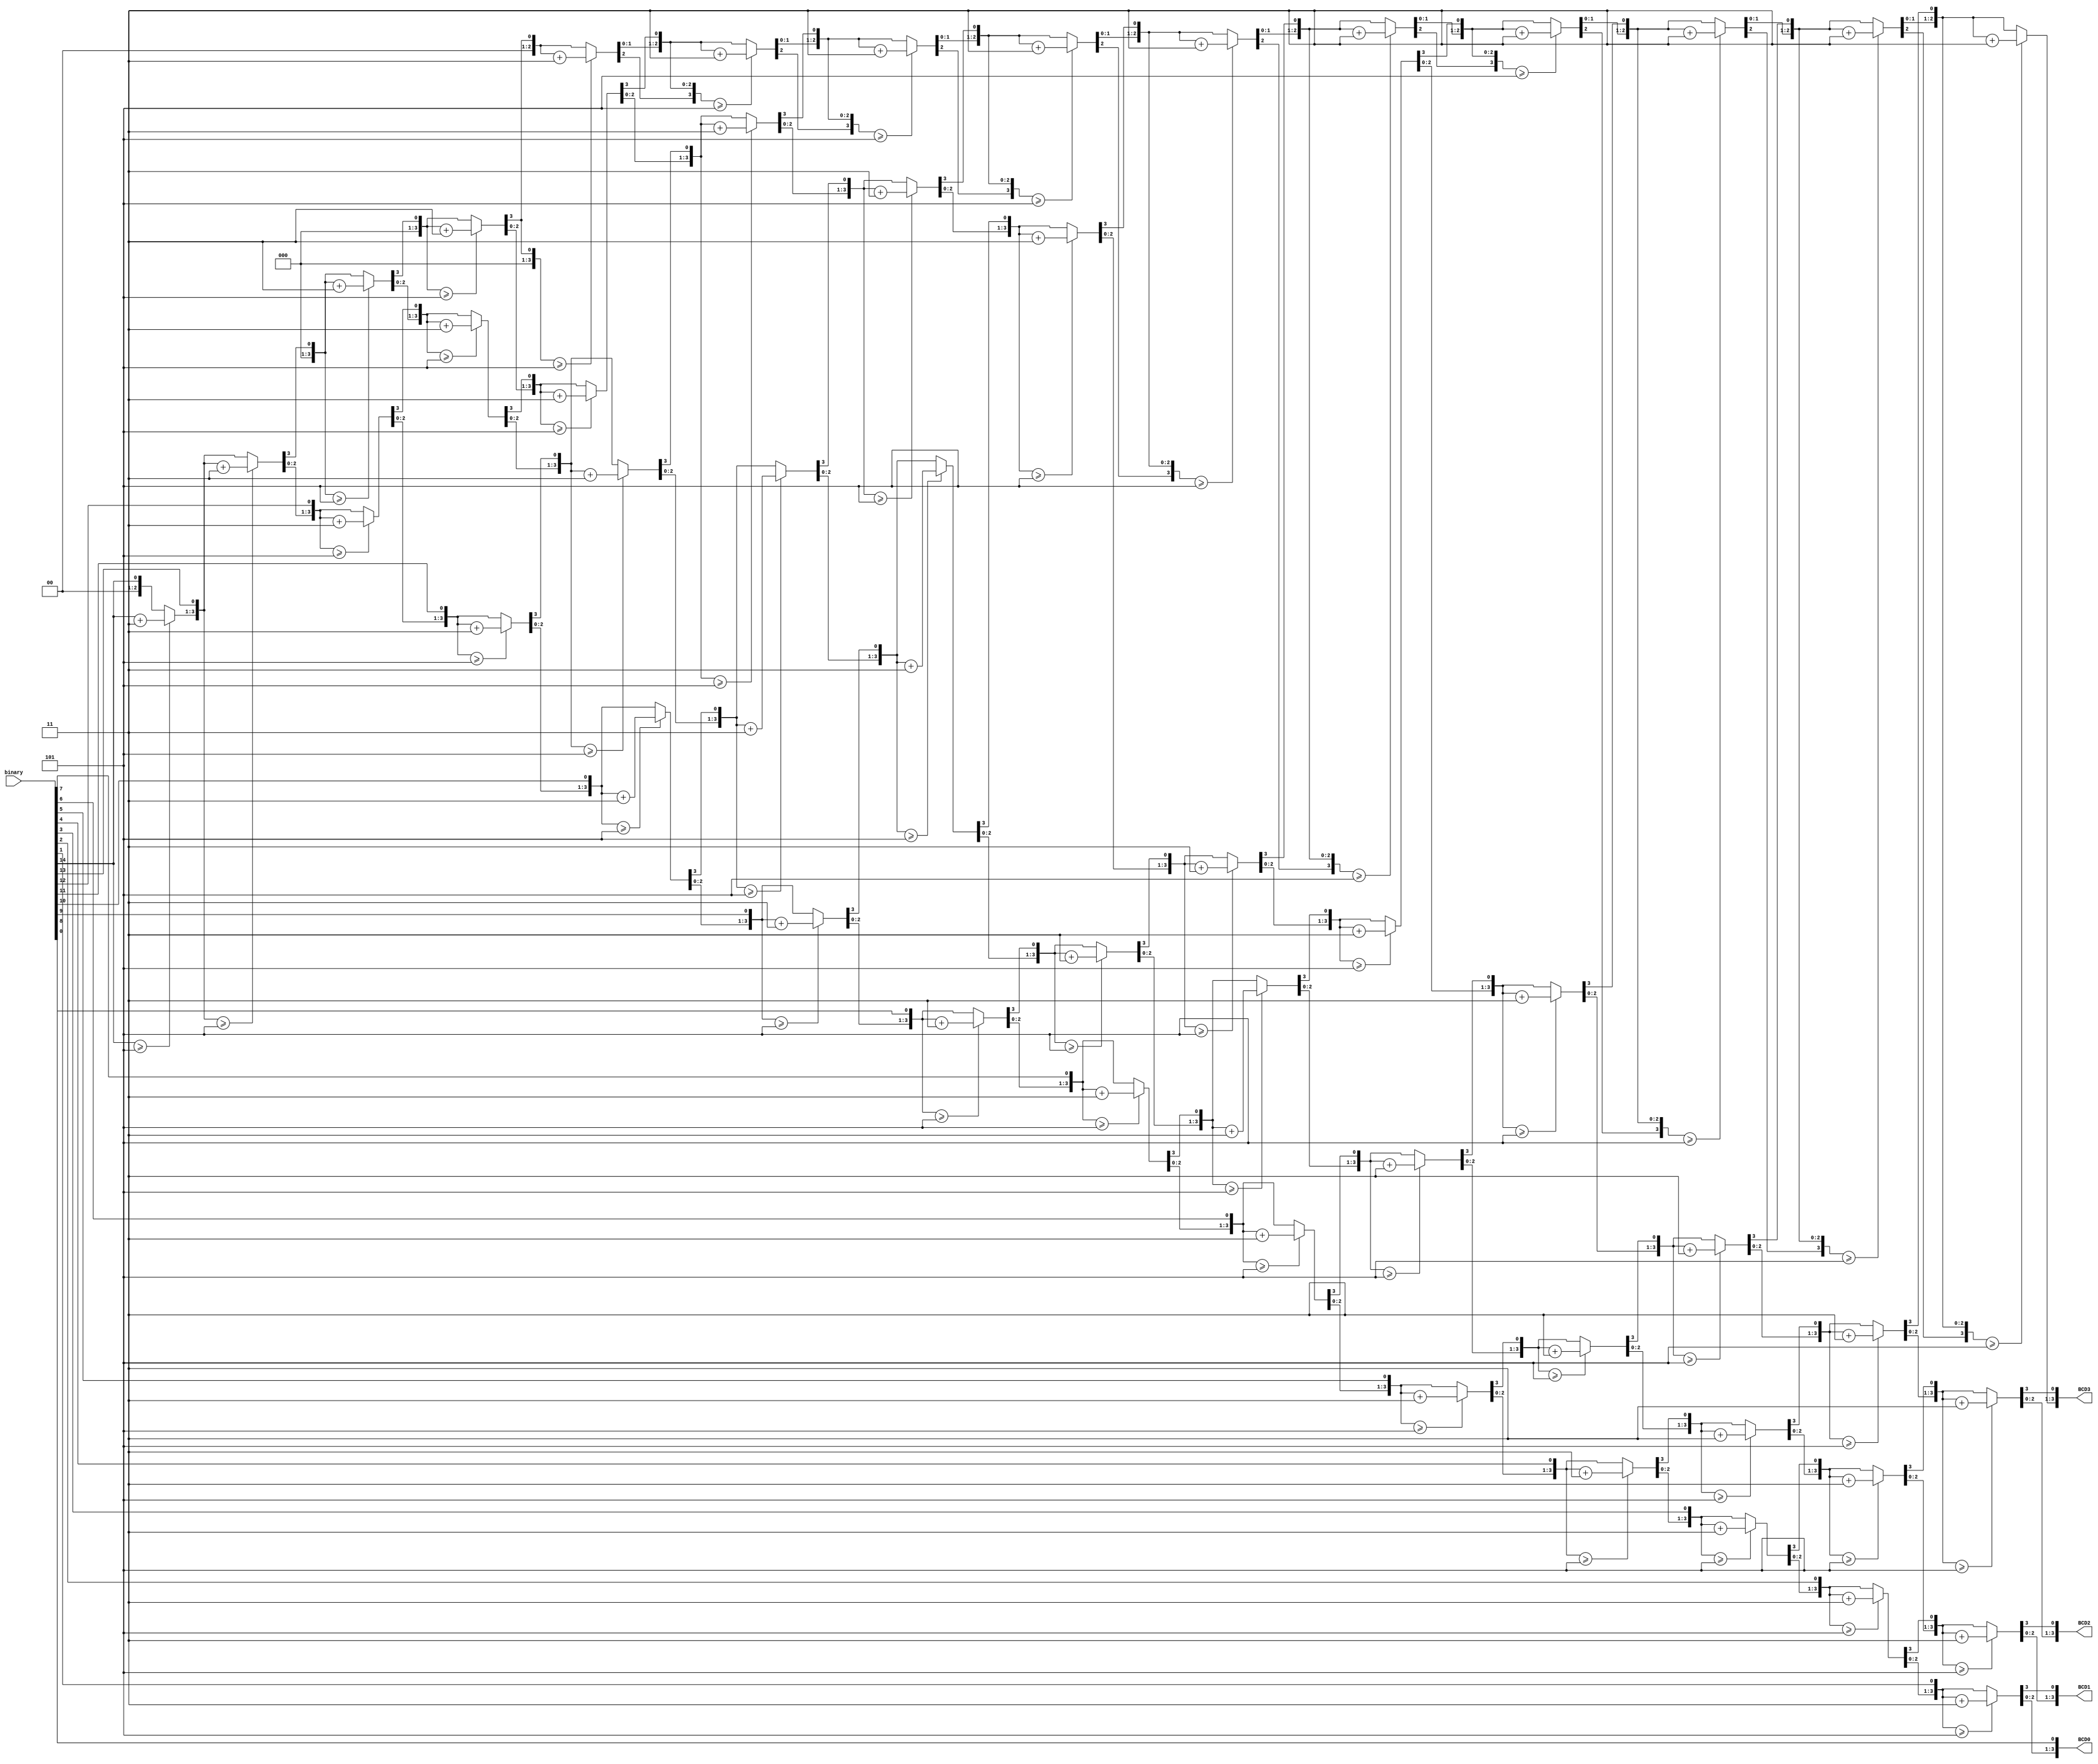
/*

	Bin2BCD.v: Convert binary to 4 BCDs
	
	ref: http://alex9ufoexploer.blogspot.com/2013/12/binary-to-bcd-conversion-algorithm.html
*/

module BIN2BCD(
	input [15:0] binary,
	output reg [3:0] BCD3,
	output reg [3:0] BCD2,
	output reg [3:0] BCD1,
	output reg [3:0] BCD0
	);
	
	integer i;
	always@(binary)
	begin
		BCD3 = 4'd0;
		BCD2 = 4'd0;
		BCD1 = 4'd0;
		BCD0 = 4'd0;
		for (i=14; i>=0; i=i-1)
		begin
			if (BCD3>=4'd5)
				BCD3 = BCD3 + 4'd3;
			if (BCD2>=4'd5)
				BCD2 = BCD2 + 4'd3;
			if (BCD1>=4'd5)
				BCD1 = BCD1 + 4'd3;
			if (BCD0>=4'd5)
				BCD0 = BCD0 + 4'd3;
				
			BCD3 = BCD3 << 1;
			BCD3[0] = BCD2[3];
			BCD2 = BCD2 << 1;
			BCD2[0] = BCD1[3];
			BCD1 = BCD1 << 1;
			BCD1[0] = BCD0[3];
			BCD0 = BCD0 << 1;
			BCD0[0] = binary[i];
		end
	end

endmodule